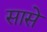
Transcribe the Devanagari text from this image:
सासे